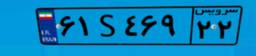
۰۵S۰۸۰۱۱